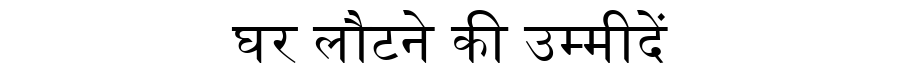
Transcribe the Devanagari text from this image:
घर लौटने की उम्मीदें